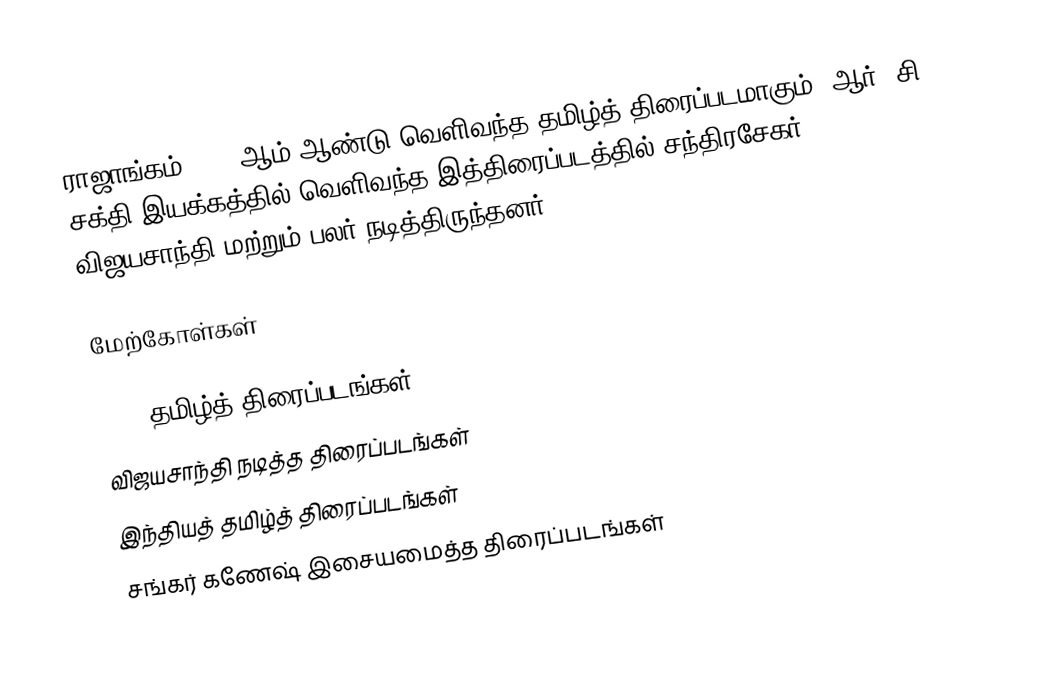
ராஜாங்கம் 1981 ஆம் ஆண்டு வெளிவந்த தமிழ்த் திரைப்படமாகும். ஆர். சி. சக்தி இயக்கத்தில் வெளிவந்த இத்திரைப்படத்தில் சந்திரசேகர், விஜயசாந்தி மற்றும் பலர் நடித்திருந்தனர்.

மேற்கோள்கள்

1981 தமிழ்த் திரைப்படங்கள்
விஜயசாந்தி நடித்த திரைப்படங்கள்
இந்தியத் தமிழ்த் திரைப்படங்கள்
சங்கர் கணேஷ் இசையமைத்த திரைப்படங்கள்